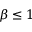
\beta \leq 1